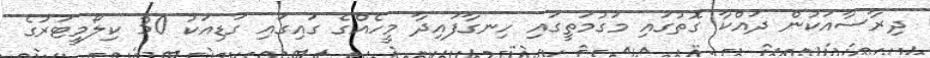
ދިރާސާއަކުން ދައްކާ ގޮތުގައި މަގުމަތީގައި ހިނގާފައިދާ މީހެއްގެ ގައިގައި ގަޑިއަކު 30 ކިލޯމީޓަރުގެ